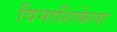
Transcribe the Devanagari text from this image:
विनाशिकेला